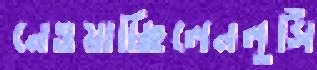
নেওয়াচ্ছিলেনলুসিঁ